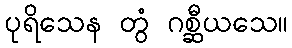
ပုရိသေန တွံ ဂစ္ဆီယသေ။